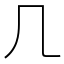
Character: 𠘧